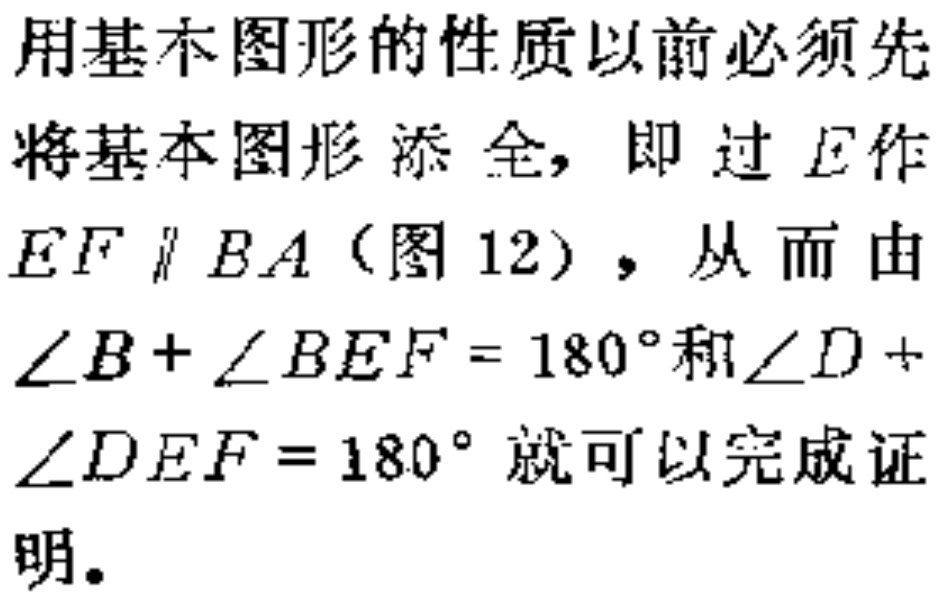
用基本图形的性质以前必须先将基本图形添全，即过\(E\)作\(EF \parallel BA\)（图 12），从而由\(\angle B + \angle BEF = 180^{\circ}\)和\(\angle D + \angle DEF = 180^{\circ}\)就可以完成证明。